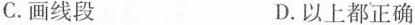
C.画线段 D.以上都正确